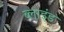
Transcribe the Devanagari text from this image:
ब्‍लाइंड